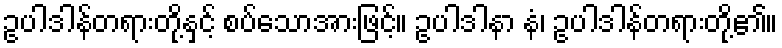
ဥပါဒါန်တရားတို့နှင့် စပ်သောအားဖြင့်။ ဥပါဒါနာ နံ၊ ဥပါဒါန်တရားတို့၏။